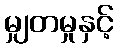
မျှတမှုနှင့်